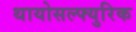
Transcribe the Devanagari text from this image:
थायोसल्फ्युरिक